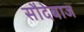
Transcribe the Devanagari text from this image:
सौदेबाज